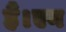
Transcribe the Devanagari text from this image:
हैं।एन